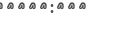
-